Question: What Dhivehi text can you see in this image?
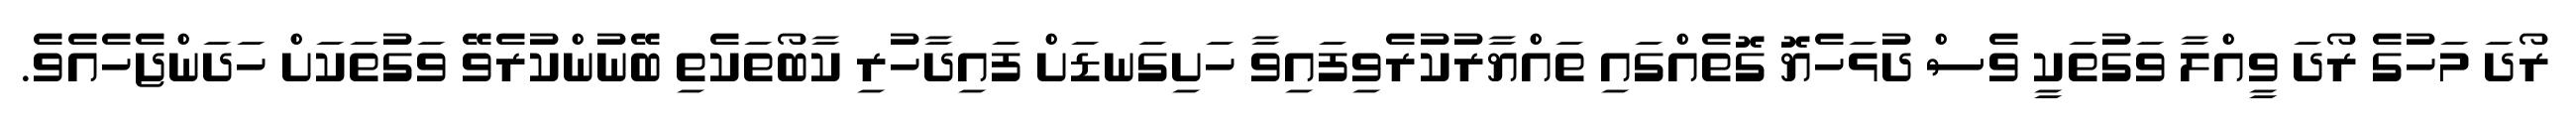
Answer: ރޯދަ މަހުގެ ރޯދަ ވީއްލާ ވަގުތަކީ ވެސް ދުޅަހެޔޮ ގޮތެއްގައި ތައްޔާރުކުރެވިފައިވާ ހަށިގަނޑަށް ފައިދާހުރި ކާބޯތަކެތި ބޭނުންކުރެވޭ ވަގުތަކަށް ހަދަންޖެހެއެވެ.